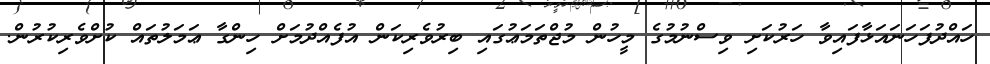
ހައްދުފަހަނައަޅާފައިވާ ހަރުކަށި ވިސްނުމުގެ މީހުން މުޖްތަމަޢުގައި ބިރުވެރިކަން އުފެއްދުމަށް ހިންގާ ޢަމަލުތައް ކުށްވެރިކުރުން.